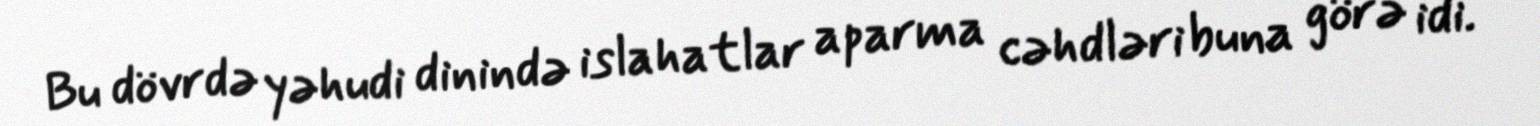
Bu dövrdə yəhudi dinində islahatlar aparma cəhdləri buna görə idi.